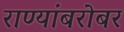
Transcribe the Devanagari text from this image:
राण्यांबरोबर